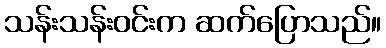
သန်းသန်းဝင်းက ဆက်ပြောသည်။